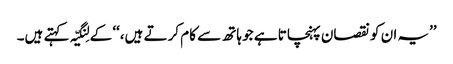
’’یہ ان کو نقصان پہنچاتا ہے جو ہاتھ سے کام کرتے ہیں،‘‘ کے لِنگیّہ کہتے ہیں۔